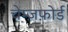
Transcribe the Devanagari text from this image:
चेम्ज़फ़ोर्ड